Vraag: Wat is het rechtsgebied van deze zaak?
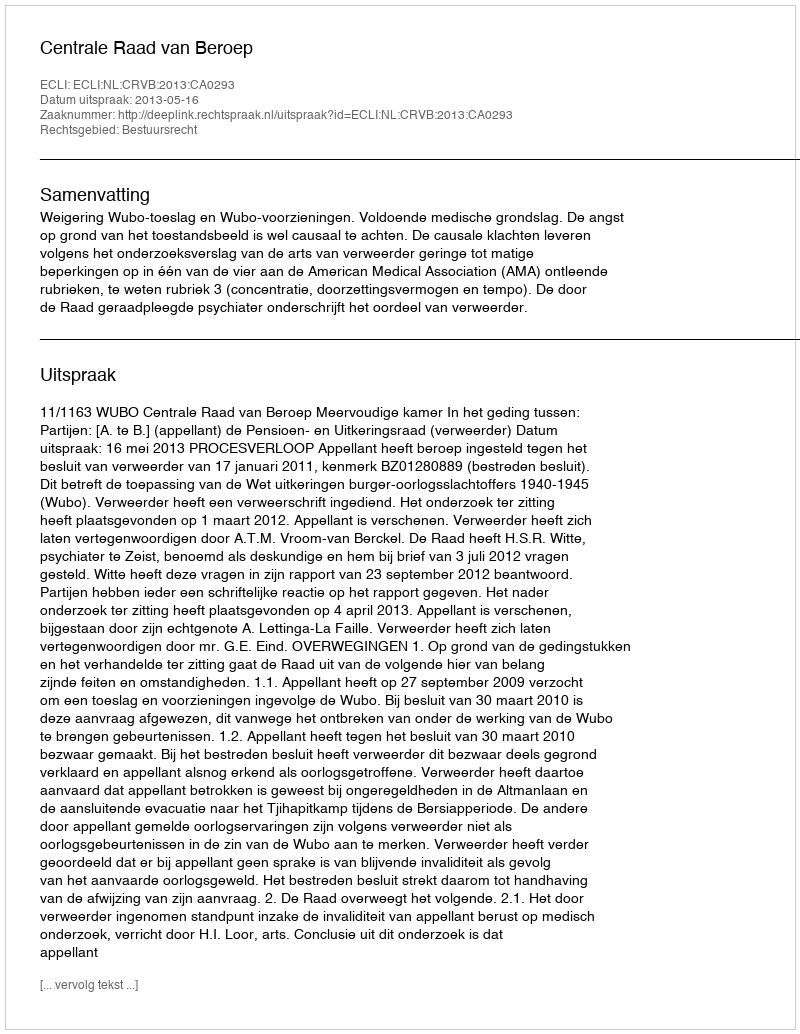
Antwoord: Bestuursrecht